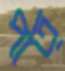
পাত্